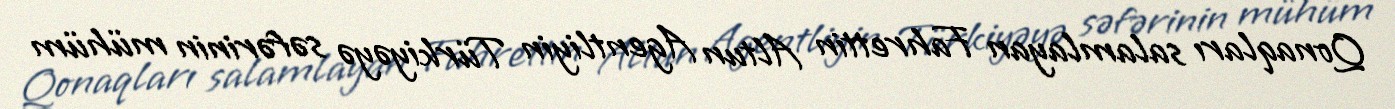
Qonaqları salamlayan Fahrettin Altun Agentliyin Türkiyəyə səfərinin mühüm